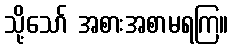
သို့သော် အစားအစာမရကြ။